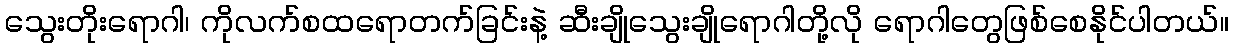
သွေးတိုးရောဂါ၊ ကိုလက်စထရောတက်ခြင်းနဲ့ ဆီးချိုသွေးချိုရောဂါတို့လို ရောဂါတွေဖြစ်စေနိုင်ပါတယ်။